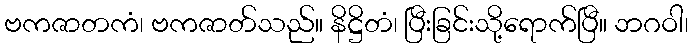
ဗကဇာတကံ၊ ဗကဇာတ်သည်။ နိဋ္ဌိတံ၊ ပြီးခြင်းသို့ရောက်ပြီ။ ဘဂဝါ၊